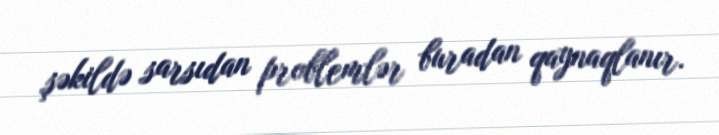
şəkildə sarsıdan problemlər buradan qaynaqlanır.